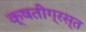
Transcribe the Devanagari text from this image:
क्षतीग्रस्त